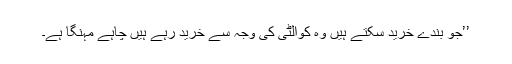
’’جو بندے خرید سکتے ہیں وہ کوالٹی کی وجہ سے خرید رہے ہیں چاہے مہنگا ہے۔